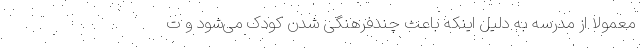
معمولاً از مدرسه به دلیل اینکه باعث چندفرهنگی شدن کودک می‌شود و ت